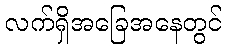
လက်ရှိအခြေအနေတွင်